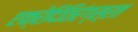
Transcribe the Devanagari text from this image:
एक्रेदितिरंग्स्रत